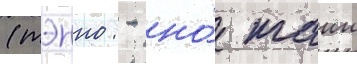
(тэнно: - но́ таии